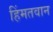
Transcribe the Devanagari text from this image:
हिंमतवान